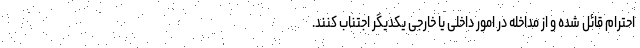
احترام قائل شده و از مداخله در امور داخلی یا خارجی یکدیگر اجتناب کنند.